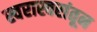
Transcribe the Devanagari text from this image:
स्वरास्वरांतून